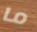
ما